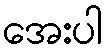
အေးပါ